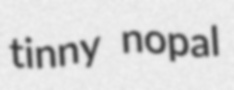
tinny nopal